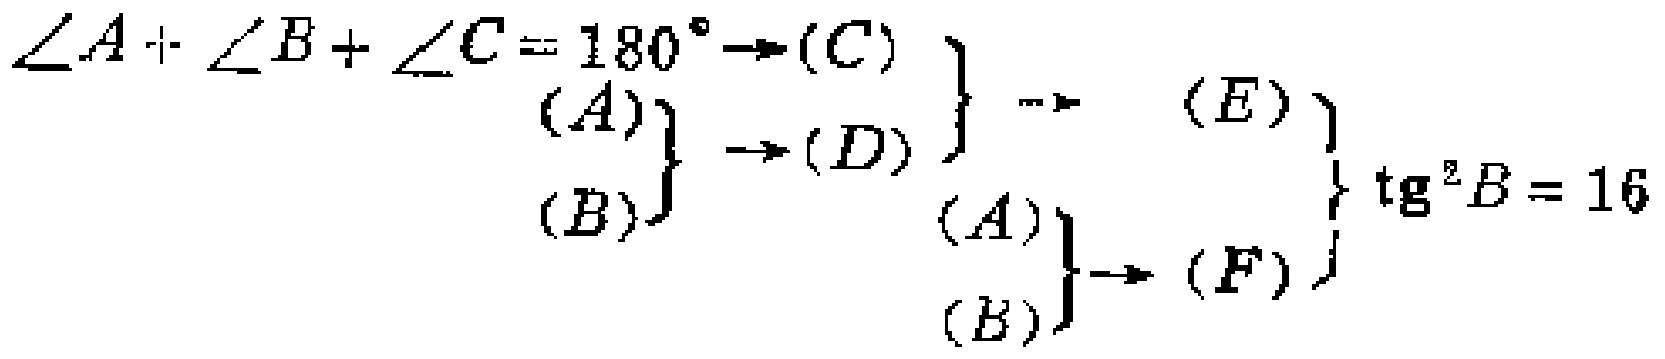
\(\left.\begin{array}{c}
\angle A+\angle B+\angle C = 180^{\circ}\to (C)\\
\left.\begin{array}{c}
(A)\\
(B)
\end{array}\right\}\to (D)
\end{array}\right\}\to
\left.\begin{array}{c}
(E)\\
\left.\begin{array}{c}
(A)\\
(B)
\end{array}\right\}\to (F)
\end{array}\right\}
\mathrm{tg}^{2}B = 16\)